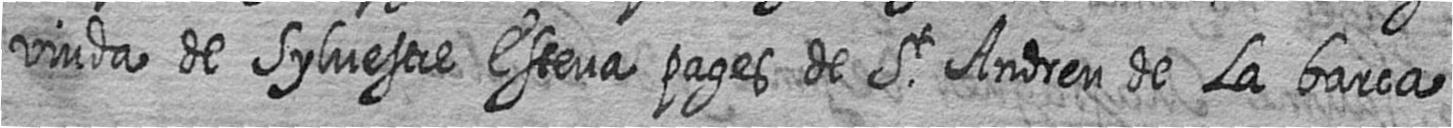
viuda de Sylvestre Esteva pages de St Andreu de La barca